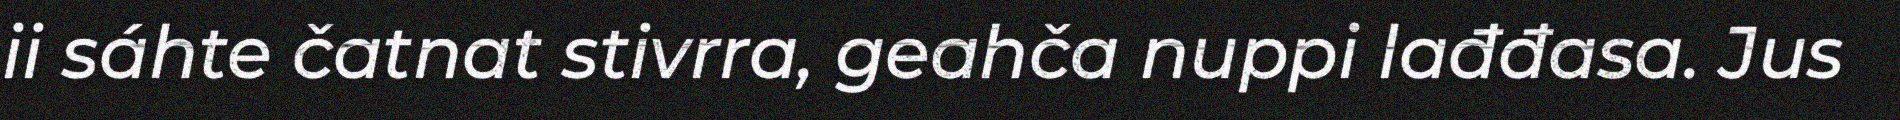
ii sáhte čatnat stivrra, geahča nuppi lađđasa. Jus